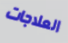
العلاجات